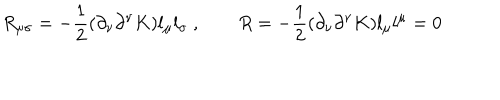
R _ { \mu \sigma } = - { \frac { 1 } { 2 } } ( \partial _ { \nu } \partial ^ { \nu } K ) l _ { \mu } l _ { \sigma } \ , \qquad R = - { \frac { 1 } { 2 } } ( \partial _ { \nu } \partial ^ { \nu } K ) l _ { \mu } l ^ { \mu } = 0